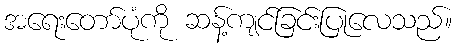
အရေးတော်ပုံကို ဆန့်ကျင်ခြင်းပြုလေသည်။